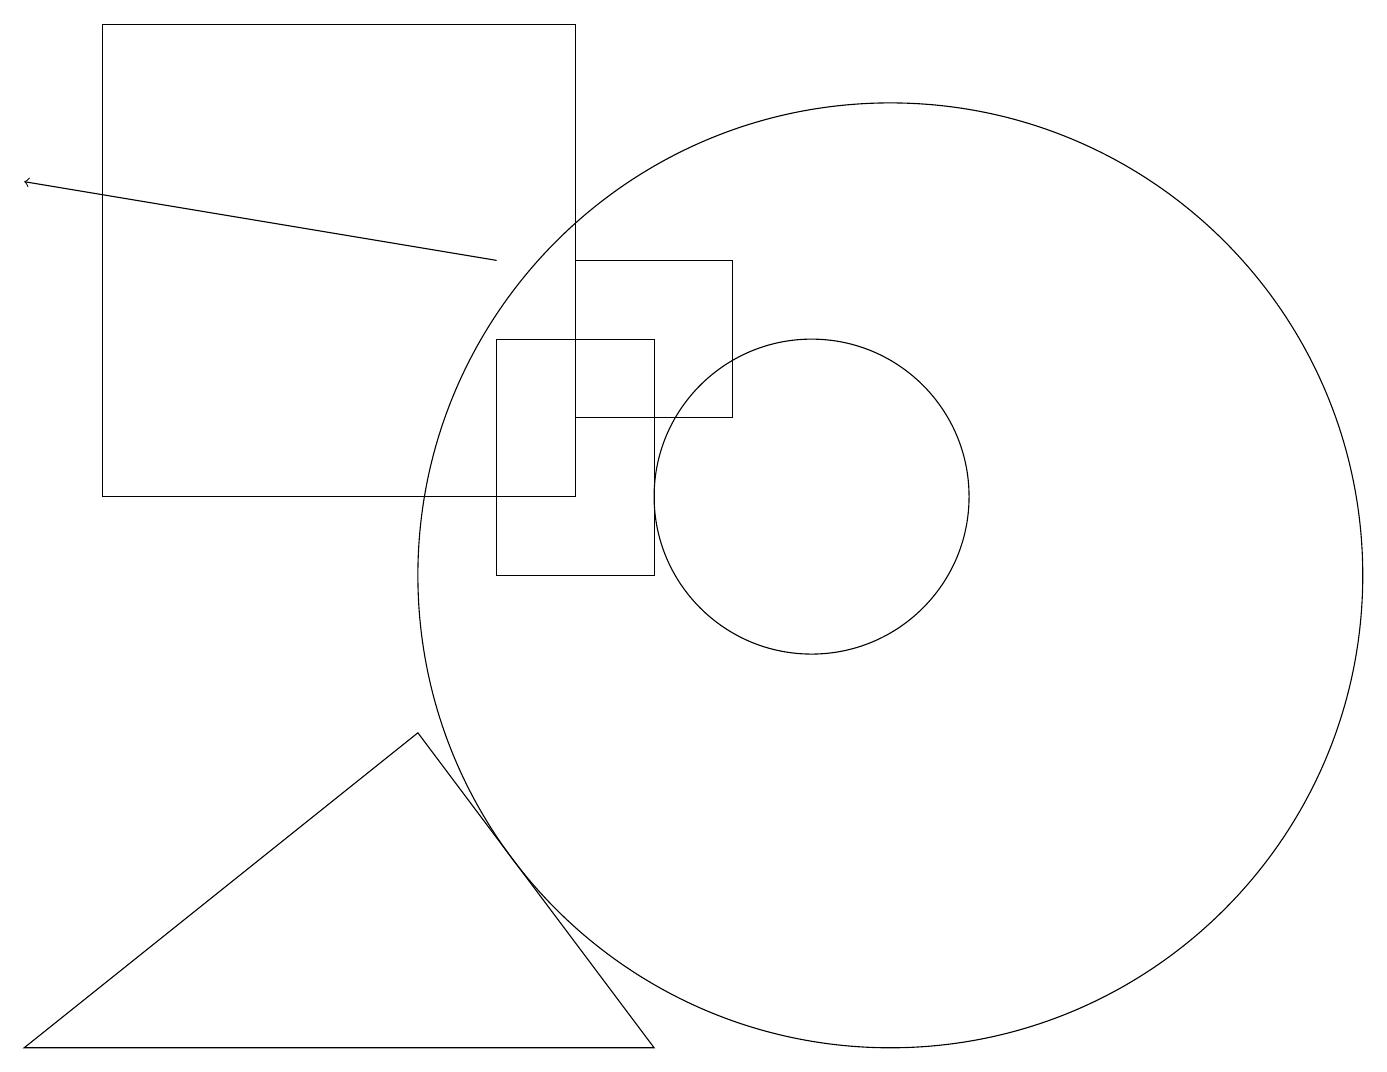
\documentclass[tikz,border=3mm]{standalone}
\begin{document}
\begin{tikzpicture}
\draw[->] (6,14) -- (0,15);
\draw (7,14) rectangle (9,12);
\draw (10,11) circle (2);
\draw (7,17) rectangle (1,11);
\draw (6,10) rectangle (8,13);
\draw (8,4) -- (0,4) -- (5,8) -- cycle;
\draw (11,10) circle (6);
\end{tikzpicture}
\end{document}